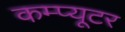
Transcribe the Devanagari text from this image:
कम्प्‍यूटर